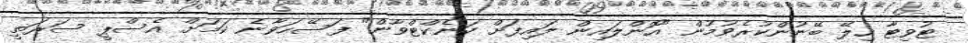
ޓުވިޓާ ހިލޭ ބޭނުންކުރެވުމުން "އޮންލައިން ލައިފަށް ކަނެކްޓްވާން" ފަސޭހަވާނެ ކަމަށް އެސްޕީ ސަރަތީ